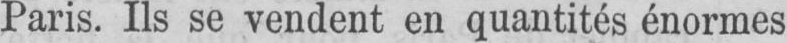
Paris. Ils se vendent en quantités énormes